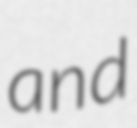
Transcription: and